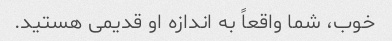
خوب، شما واقعاً به اندازه او قدیمی هستید.